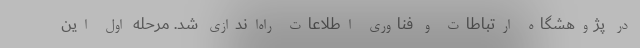
در پژوهشگاه ارتباطات و فناوری اطلاعات راه‌اندازی شد. مرحله اول این